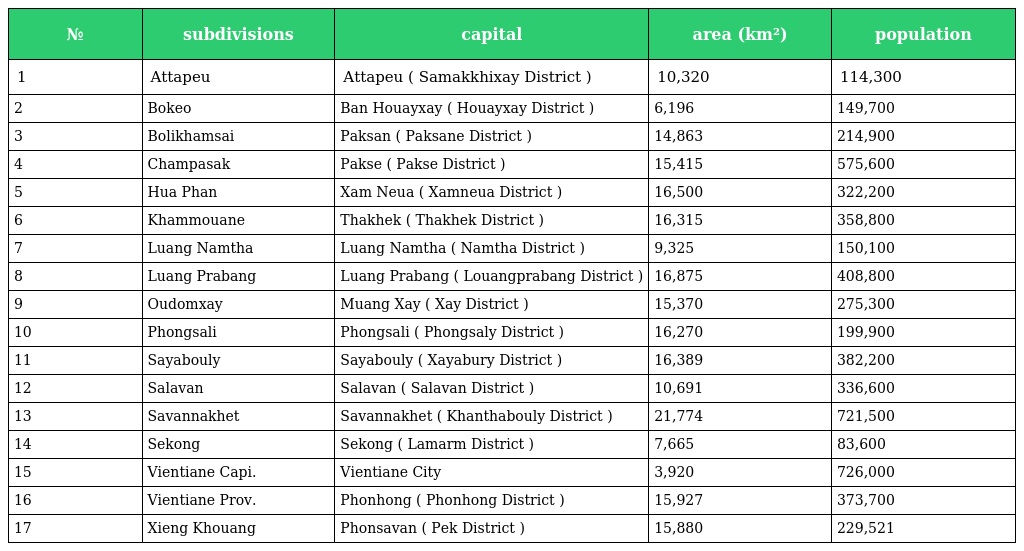
| № | subdivisions | capital | area (km²) | population |
 | --- | --- | --- | --- | --- |
 | 1 | Attapeu | Attapeu ( Samakkhixay District ) | 10,320 | 114,300 |
 | 2 | Bokeo | Ban Houayxay ( Houayxay District ) | 6,196 | 149,700 |
 | 3 | Bolikhamsai | Paksan ( Paksane District ) | 14,863 | 214,900 |
 | 4 | Champasak | Pakse ( Pakse District ) | 15,415 | 575,600 |
 | 5 | Hua Phan | Xam Neua ( Xamneua District ) | 16,500 | 322,200 |
 | 6 | Khammouane | Thakhek ( Thakhek District ) | 16,315 | 358,800 |
 | 7 | Luang Namtha | Luang Namtha ( Namtha District ) | 9,325 | 150,100 |
 | 8 | Luang Prabang | Luang Prabang ( Louangprabang District ) | 16,875 | 408,800 |
 | 9 | Oudomxay | Muang Xay ( Xay District ) | 15,370 | 275,300 |
 | 10 | Phongsali | Phongsali ( Phongsaly District ) | 16,270 | 199,900 |
 | 11 | Sayabouly | Sayabouly ( Xayabury District ) | 16,389 | 382,200 |
 | 12 | Salavan | Salavan ( Salavan District ) | 10,691 | 336,600 |
 | 13 | Savannakhet | Savannakhet ( Khanthabouly District ) | 21,774 | 721,500 |
 | 14 | Sekong | Sekong ( Lamarm District ) | 7,665 | 83,600 |
 | 15 | Vientiane Capi. | Vientiane City | 3,920 | 726,000 |
 | 16 | Vientiane Prov. | Phonhong ( Phonhong District ) | 15,927 | 373,700 |
 | 17 | Xieng Khouang | Phonsavan ( Pek District ) | 15,880 | 229,521 |